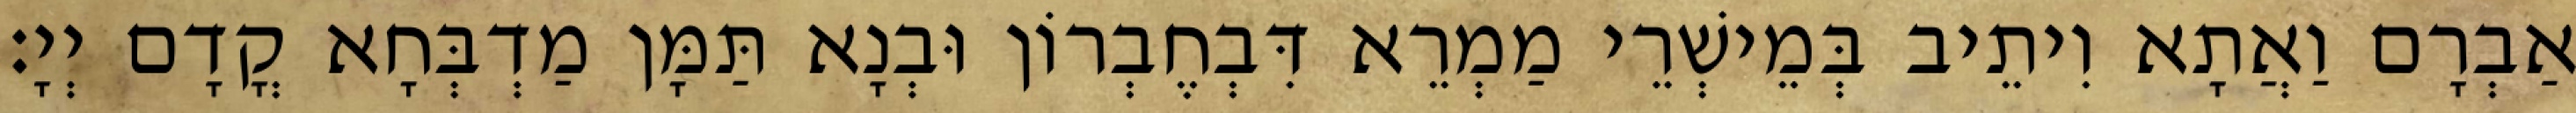
אַבְרָם וַאֲתָא וִיתֵיב בְּמֵישְׁרֵי מַמְרֵא דִּבְחֶבְרוֹן וּבְנָא תַּמָּן מַדְבְּחָא קֳדָם יְיָ׃